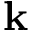
\bf k